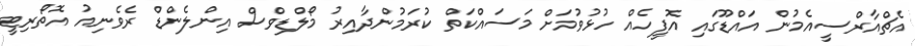
އެޗްއާރްސީއެމުން އައްޑޫގައި އޮފީހެއް ހުޅުވުމަށް މަސައްކަތް ކުރަމުންދާއިރު މޯލްޑިވްސް އިންލެންޑް ރެވެނިއު އޮތޯރިޓީ